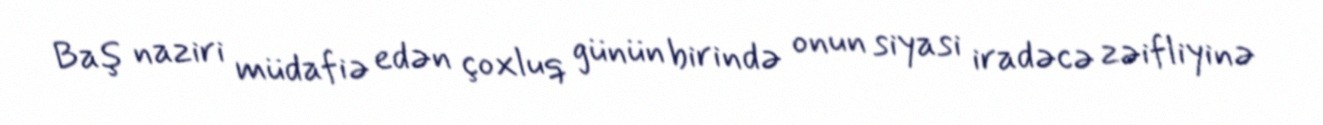
Baş naziri müdafiə edən çoxluq günün birində onun siyasi iradəcə zəifliyinə